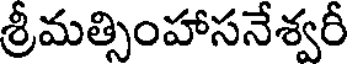
శ్రీమత్సింహాసనేశ్వరీ